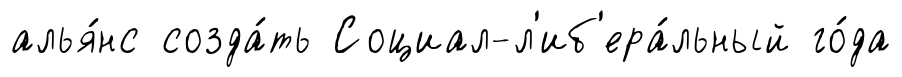
алья́нс созда́ть Социал-л'иб'ера́льный го́да